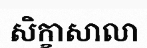
សិក្ខាសាលា